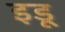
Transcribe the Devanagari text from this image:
इडू